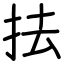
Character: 抾